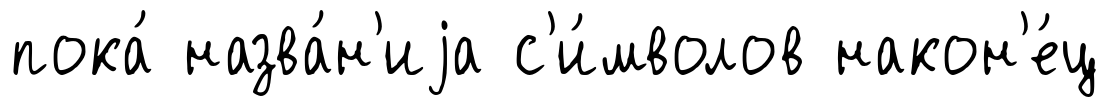
пока́ назва́н'иjа с'и́мволов након'е́ц